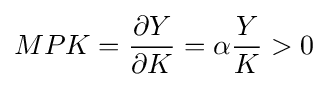
MPK={\frac {\partial Y}{\partial K}}=\alpha {\frac {Y}{K}}>0